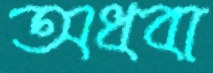
অধবা